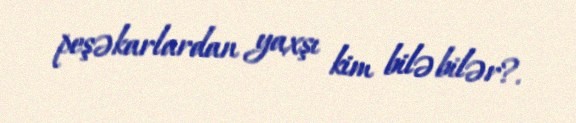
peşəkarlardan yaxşı kim bilə bilər?.